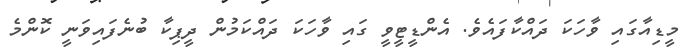
މީޑިއާގައި ވާހަކަ ދައްކާފައެވެ. އެންޑީޓީވީ ގައި ވާހަކަ ދައްކަމުން ދީޕިކާ ބުނެފައިވަނީ ކޮންމެ